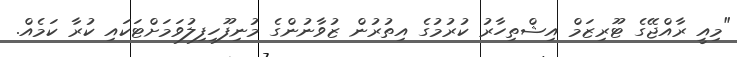
"މިއީ ރާއްޖޭގެ ޓޫރިޒަމް އިޝްތިހާރު ކުރުމުގެ އިތުރުން ޒުވާނުންގެ މުނިފޫހިފިލުވަމަށްޓަކައި ކުރާ ކަމެއް.